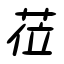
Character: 莅